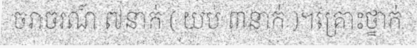
ចរាចរណ៍ ៧នាក់ ( យប់ ៣នាក់ )។គ្រោះថ្នាក់